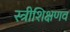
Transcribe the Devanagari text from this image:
स्त्रीशिक्षणव